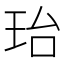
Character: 珆